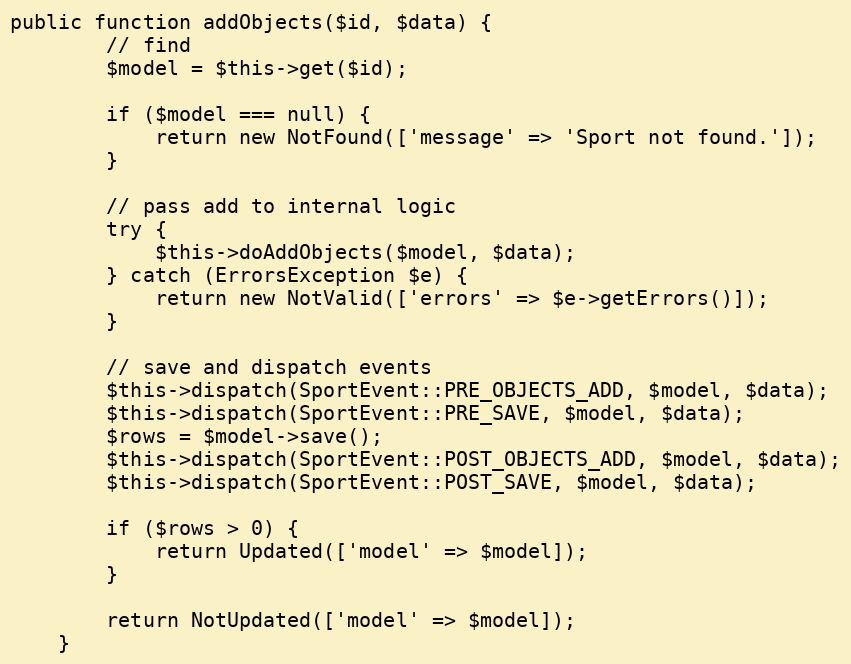
Language: PHP
public function addObjects($id, $data) {
		// find
		$model = $this->get($id);

		if ($model === null) {
			return new NotFound(['message' => 'Sport not found.']);
		}

		// pass add to internal logic
		try {
			$this->doAddObjects($model, $data);
		} catch (ErrorsException $e) {
			return new NotValid(['errors' => $e->getErrors()]);
		}

		// save and dispatch events
		$this->dispatch(SportEvent::PRE_OBJECTS_ADD, $model, $data);
		$this->dispatch(SportEvent::PRE_SAVE, $model, $data);
		$rows = $model->save();
		$this->dispatch(SportEvent::POST_OBJECTS_ADD, $model, $data);
		$this->dispatch(SportEvent::POST_SAVE, $model, $data);

		if ($rows > 0) {
			return Updated(['model' => $model]);
		}

		return NotUpdated(['model' => $model]);
	}